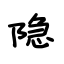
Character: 隐